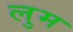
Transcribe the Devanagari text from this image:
लुम